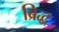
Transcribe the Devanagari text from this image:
ब्रिद्ध